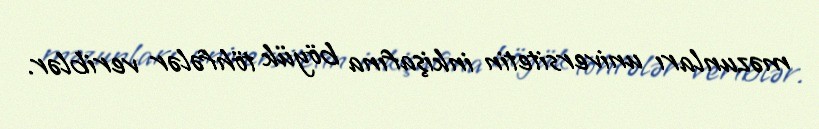
məzunları universitetin inkişafına böyük töhfələr veriblər.